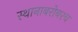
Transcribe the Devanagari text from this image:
स्थानाबरोबरच